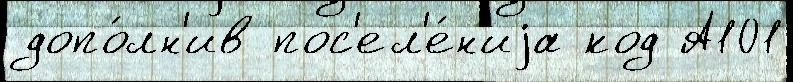
допо́лн'ив пос'ел'е́н'иjа код А101